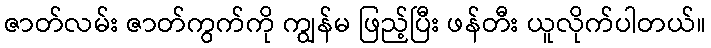
ဇာတ်လမ်း ဇာတ်ကွက်ကို ကျွန်မ ဖြည့်ပြီး ဖန်တီး ယူလိုက်ပါတယ်။